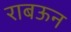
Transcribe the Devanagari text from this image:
राबऊन